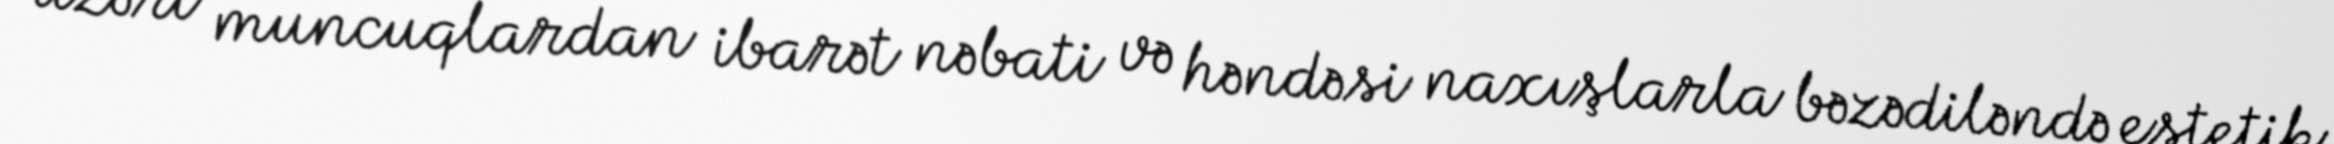
üzəri muncuqlardan ibarət nəbati və həndəsi naxışlarla bəzədiləndə estetik